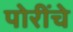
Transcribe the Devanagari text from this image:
पोरींचे